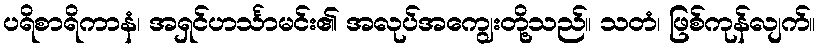
ပရိစာရိကာနံ၊ အရှင်ဟင်္သာမင်း၏ အလုပ်အကျွေးတို့သည်။ သတံ၊ ဖြစ်ကုန်လျက်။